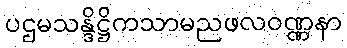
ပဌမသန္ဒိဋ္ဌိကသာမညဖလဝဏ္ဏနာ